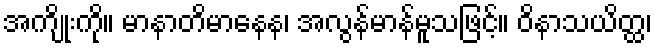
အကျိုးကို။ မာနာတိမာနေန၊ အလွန်မာန်မူသဖြင့်။ ဝိနာသယိတ္ထ၊